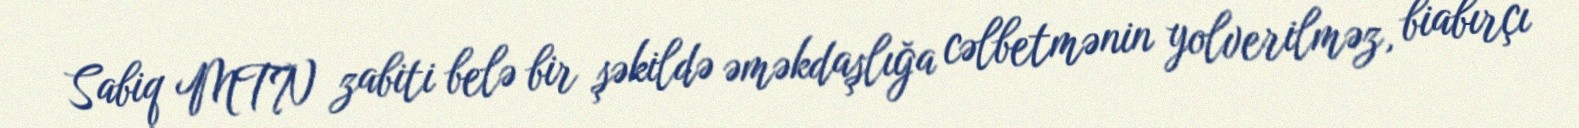
Sabiq MTN zabiti belə bir şəkildə əməkdaşlığa cəlbetmənin yolverilməz, biabırçı